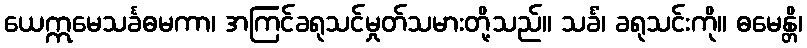
ယေဣမေသင်္ခဓမကာ၊ အကြင်ခရုသင်မှုတ်သမားတို့သည်။ သင်္ခံ၊ ခရုသင်းကို။ ဓမေန္တိ၊